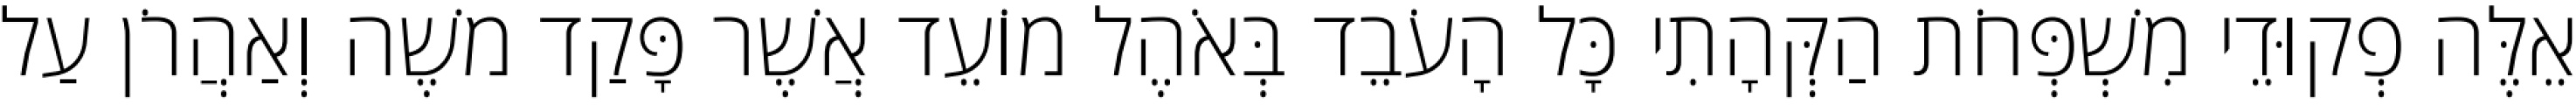
אֵלֶּה פְקוּדֵי מִשְׁפְּחֹת הַקְּהָתִי כָּל הָעֹבֵד בְּאֹהֶל מוֹעֵד אֲשֶׁר פָּקַד משֶׁה וְאַהֲרֹן עַל